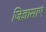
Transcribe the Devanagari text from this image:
जिज्ञासाएं